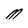
Character: M